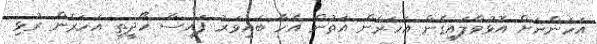
އަހަންނަށް އޮޅުވާލައިގެން އަހަރެން އަތުން އެހާ ބައިވަރު ފައިސާ ހޯދީތީ އަހަރެން ރުޅި